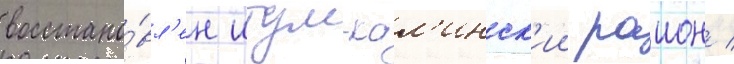
восстано́вл'ен итум-кал'инск'ии раион /